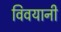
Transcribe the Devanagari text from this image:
विवयानी